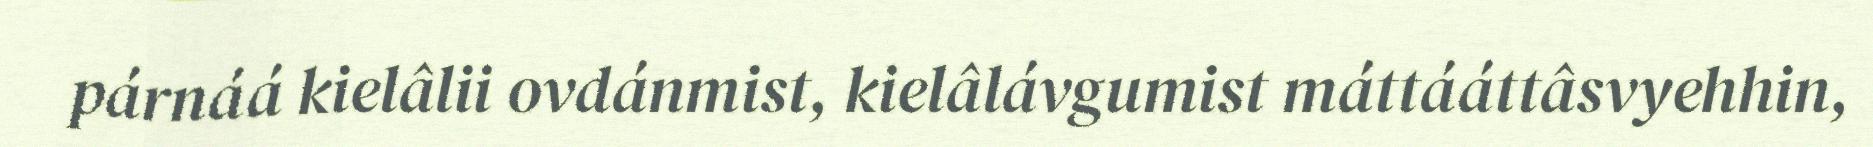
párnáá kielâlii ovdánmist, kielâlávgumist máttááttâsvyehhin,